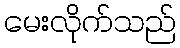
မေးလိုက်သည်